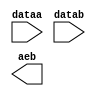
// megafunction wizard: %LPM_COMPARE%VBB%
// GENERATION: STANDARD
// VERSION: WM1.0
// MODULE: LPM_COMPARE 

// ============================================================
// Megafunction Name(s):
// 			LPM_COMPARE
//
// Simulation Library Files(s):
// 			lpm
// ============================================================
// ************************************************************
// THIS IS A WIZARD-GENERATED FILE. DO NOT EDIT THIS FILE!
//
// 17.0.0 Build 595 04/25/2017 SJ Standard Edition
// ************************************************************

//Copyright (C) 2017  Intel Corporation. All rights reserved.
//Your use of Intel Corporation's design tools, logic functions 
//and other software and tools, and its AMPP partner logic 
//functions, and any output files from any of the foregoing 
//(including device programming or simulation files), and any 
//associated documentation or information are expressly subject 
//to the terms and conditions of the Intel Program License 
//Subscription Agreement, the Intel Quartus Prime License Agreement,
//the Intel MegaCore Function License Agreement, or other 
//applicable license agreement, including, without limitation, 
//that your use is for the sole purpose of programming logic 
//devices manufactured by Intel and sold by Intel or its 
//authorized distributors.  Please refer to the applicable 
//agreement for further details.

module myComparator (
	dataa,
	datab,
	aeb);

	input	[3:0]  dataa;
	input	[3:0]  datab;
	output	  aeb;

endmodule

// ============================================================
// CNX file retrieval info
// ============================================================
// Retrieval info: PRIVATE: AeqB NUMERIC "1"
// Retrieval info: PRIVATE: AgeB NUMERIC "0"
// Retrieval info: PRIVATE: AgtB NUMERIC "0"
// Retrieval info: PRIVATE: AleB NUMERIC "0"
// Retrieval info: PRIVATE: AltB NUMERIC "0"
// Retrieval info: PRIVATE: AneB NUMERIC "0"
// Retrieval info: PRIVATE: INTENDED_DEVICE_FAMILY STRING "Cyclone V"
// Retrieval info: PRIVATE: LPM_PIPELINE NUMERIC "0"
// Retrieval info: PRIVATE: Latency NUMERIC "0"
// Retrieval info: PRIVATE: PortBValue NUMERIC "0"
// Retrieval info: PRIVATE: Radix NUMERIC "10"
// Retrieval info: PRIVATE: SYNTH_WRAPPER_GEN_POSTFIX STRING "0"
// Retrieval info: PRIVATE: SignedCompare NUMERIC "0"
// Retrieval info: PRIVATE: aclr NUMERIC "0"
// Retrieval info: PRIVATE: clken NUMERIC "0"
// Retrieval info: PRIVATE: isPortBConstant NUMERIC "0"
// Retrieval info: PRIVATE: nBit NUMERIC "4"
// Retrieval info: PRIVATE: new_diagram STRING "1"
// Retrieval info: LIBRARY: lpm lpm.lpm_components.all
// Retrieval info: CONSTANT: LPM_REPRESENTATION STRING "UNSIGNED"
// Retrieval info: CONSTANT: LPM_TYPE STRING "LPM_COMPARE"
// Retrieval info: CONSTANT: LPM_WIDTH NUMERIC "4"
// Retrieval info: USED_PORT: aeb 0 0 0 0 OUTPUT NODEFVAL "aeb"
// Retrieval info: USED_PORT: dataa 0 0 4 0 INPUT NODEFVAL "dataa[3..0]"
// Retrieval info: USED_PORT: datab 0 0 4 0 INPUT NODEFVAL "datab[3..0]"
// Retrieval info: CONNECT: @dataa 0 0 4 0 dataa 0 0 4 0
// Retrieval info: CONNECT: @datab 0 0 4 0 datab 0 0 4 0
// Retrieval info: CONNECT: aeb 0 0 0 0 @aeb 0 0 0 0
// Retrieval info: GEN_FILE: TYPE_NORMAL myComparator.v TRUE
// Retrieval info: GEN_FILE: TYPE_NORMAL myComparator.inc FALSE
// Retrieval info: GEN_FILE: TYPE_NORMAL myComparator.cmp FALSE
// Retrieval info: GEN_FILE: TYPE_NORMAL myComparator.bsf TRUE
// Retrieval info: GEN_FILE: TYPE_NORMAL myComparator_inst.v FALSE
// Retrieval info: GEN_FILE: TYPE_NORMAL myComparator_bb.v TRUE
// Retrieval info: LIB_FILE: lpm